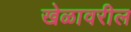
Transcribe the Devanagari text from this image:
खेळावरील